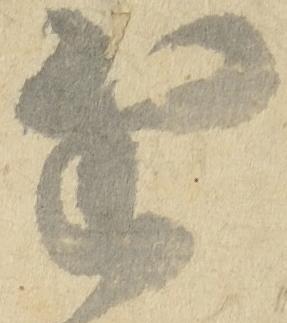
近